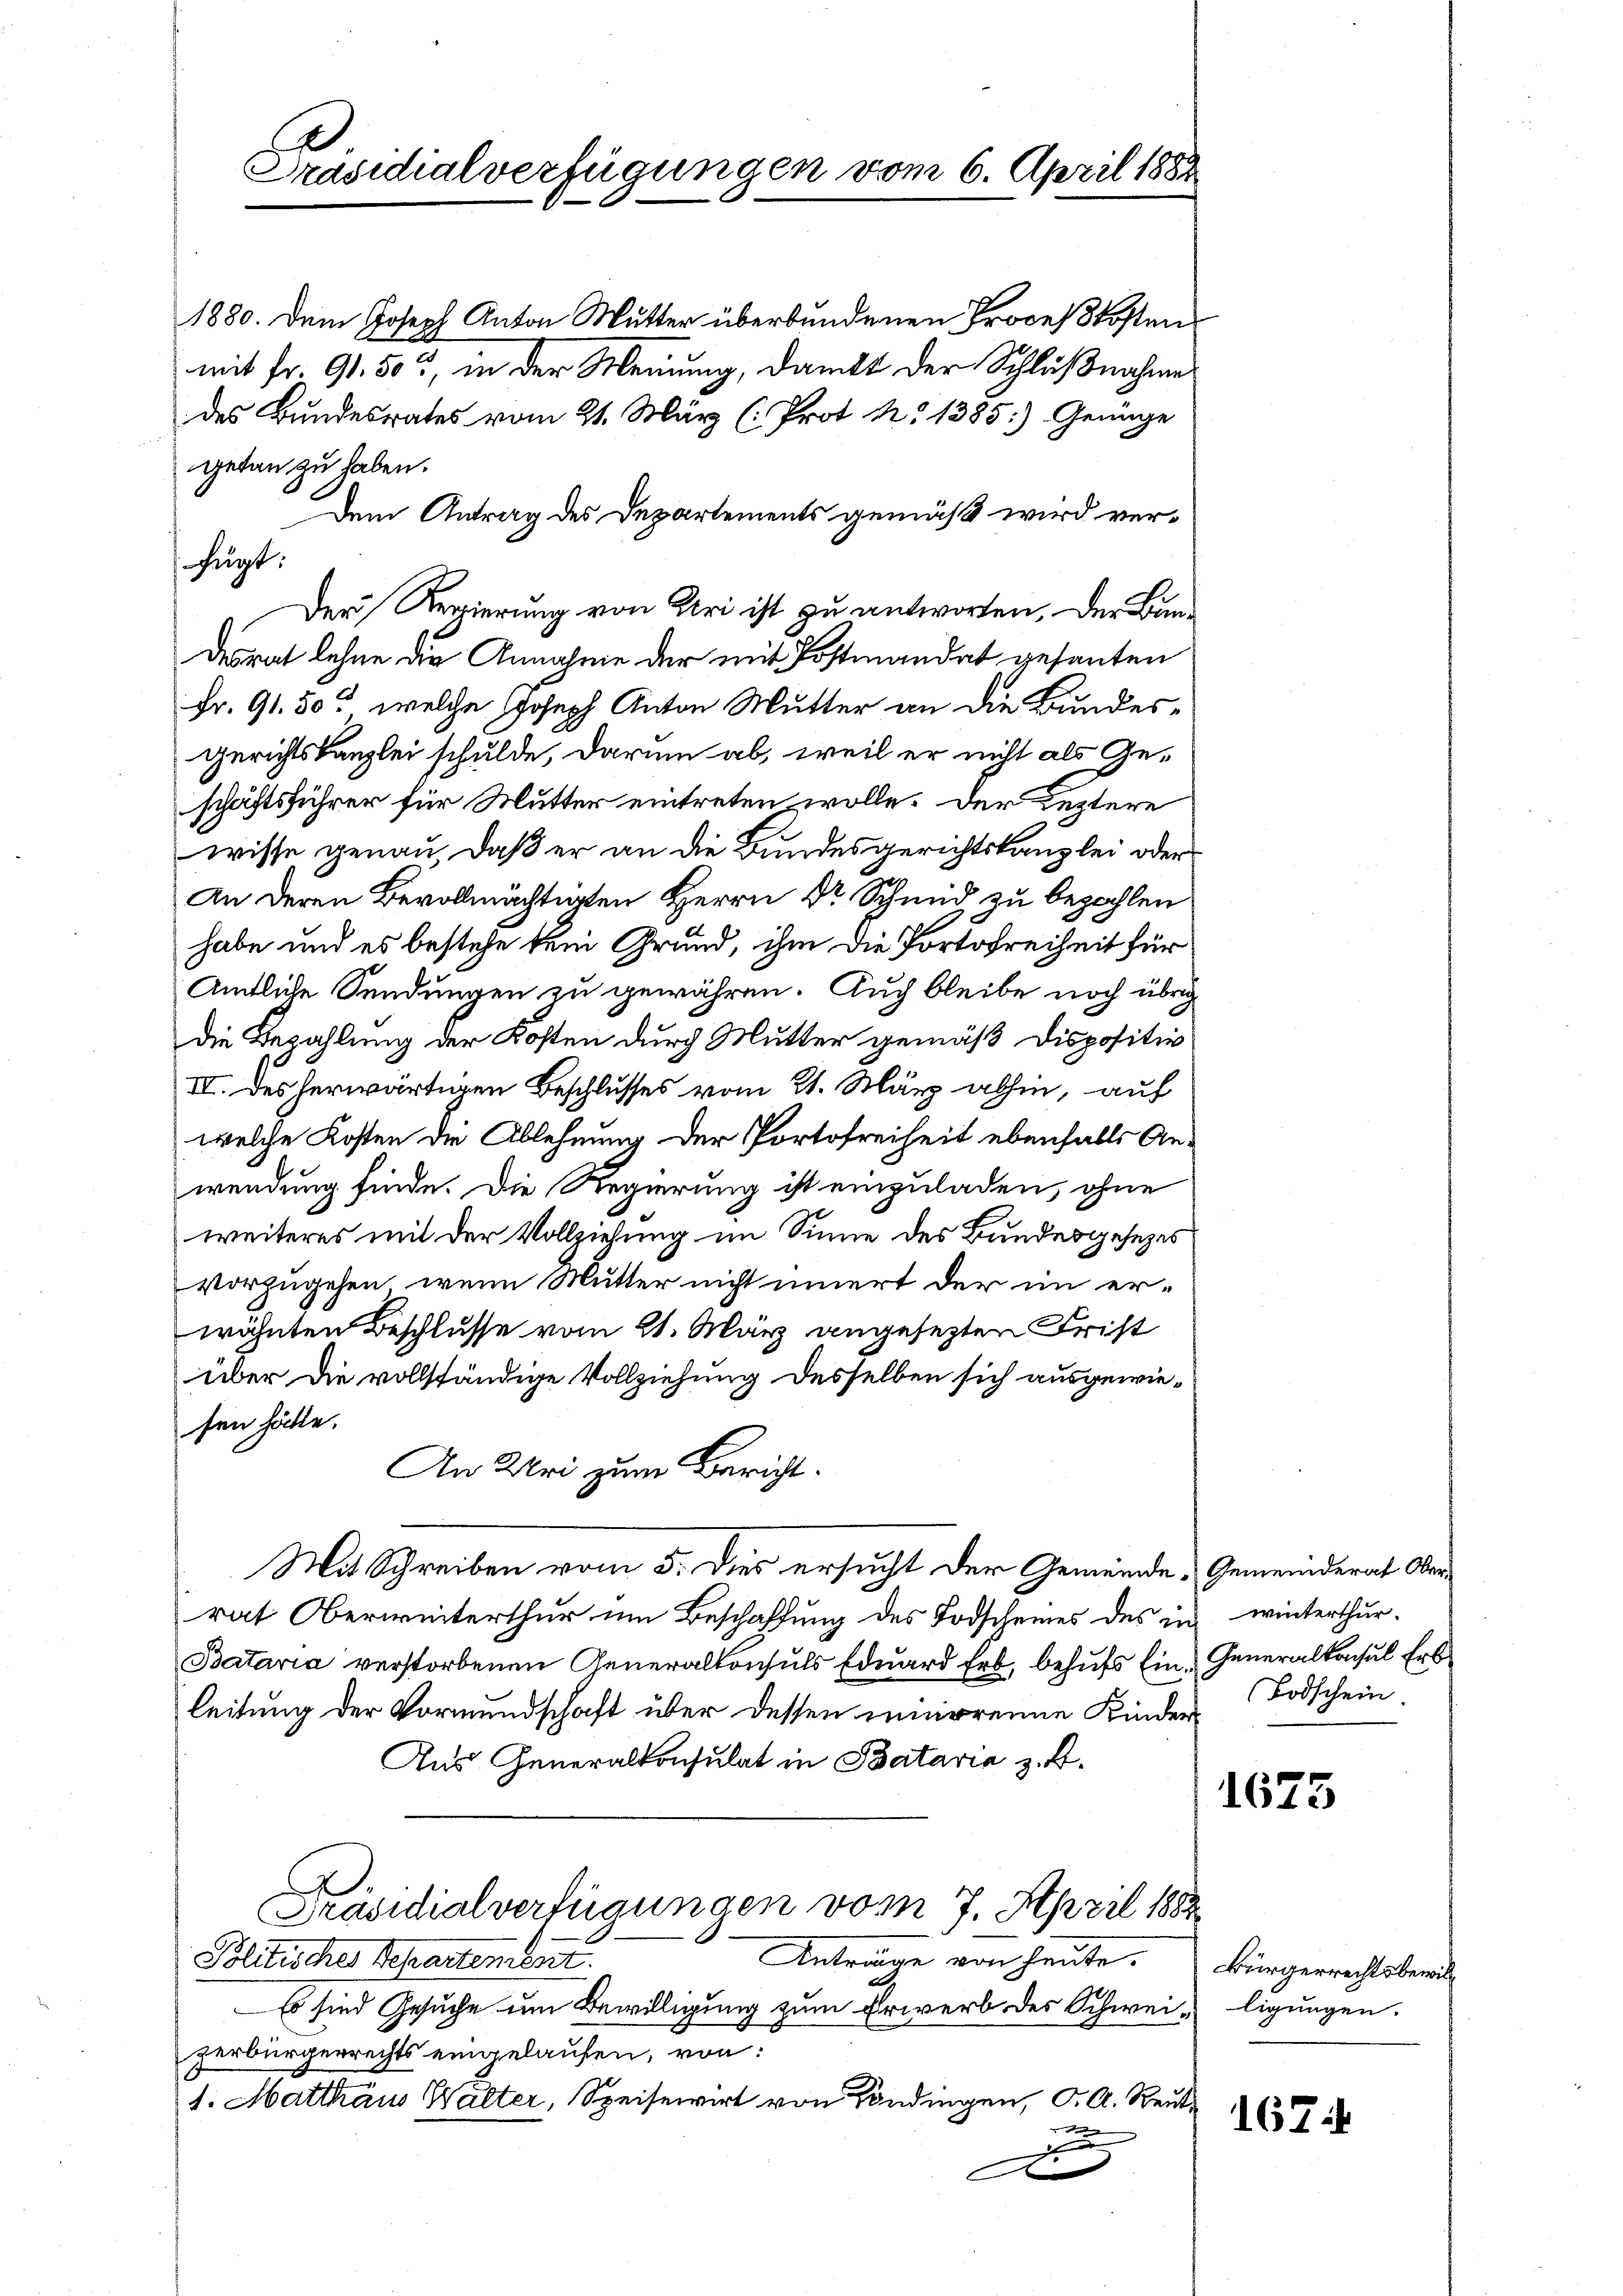
Präsidialverfügungen vom 6. April 1882

fügt:

1880. Dem Joseph Anton Mutter überbundenen Proceßkosten
mit Fr. 91. 50, in der Meinung, dankt der Schlußnahme
des Bundesrates vom 21. März (: Prot. N. 1385: Genüge

getan zu haben.
Dem Antrag des Departements gemäß wird ver¬
Der Regierung von Uri ist zu antworten, der Bundesrat lehne die Annahme der mit Postmandat gesanten
Fr. 91. 50, welche Joseph Anton Mutter an die Bundesgerichtskanzlei schulde, darum ab, weil er nicht als Geschäftsführer für Mutter eintreten wolle. Der Leztere
wisse genau, daß er an die Bundesgerichtskanzlei oder
An deren Bevollmächtigten Herrn Dr Schmid zu bezahlen
habe und es bestehe kein Grund, ihm die Portofreiheit für
Amtliche Sendungen zu gewähren. Auch bleibe noch übrig
die Bezahlung der Kosten durch Mutter gemäß Dispositiv
II. des herwärtigen Beschlusses vom 21. März abhin, auf
welche Kosten die Ablehnung der Portofreiheit ebenfalls Anwendung finde. Die Regierung ist einzuladen, ohne
weiteres mit der Vollziehung im Sinne des Bundesgesetzes
vorzugehen, wenn Mutter nicht innert der im erwähnten Beschlusse vom 21. März angesezten Frist
über die vollständige Vollziehung desselben sich ausgewiesen hätte.
An Uri zum Bericht.
Mit Schreiben vom 5. Dies ersucht der Gemeinde Gemeinderat Verrat Oberwinterthur um Beschaffung des Todscheines des in winterthur¬
Bataria verstorbenen Generalkonsuls Eduard Erb, behufs Ein- Generalkonsul Erbleitung der Vormundschaft über dessen minereine Kinder
Aus Generalkonsulat in Bataria z. B.
Präsidialverfügungen vom 7. April 1882
Politischer Departement.
Antrage von heute. Bürgerrechtsberech
Es sind Gesuche um Bewilligung zum Erwerb des Schweiligungen.
zerbürgerrechts eingelaufen, von:
1. Matthäus Walter, Speisewirt von Sondingen, C. A. Reut
d

Todschein.

1675

167